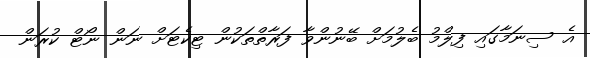
އެ ސިނަމާގައި ފިލްމު ބެލުމަށް ބޭނުންވާ ފަރާތްތަކުން ޓިކެޓަށް ނަން ނޯޓް ކުރަން